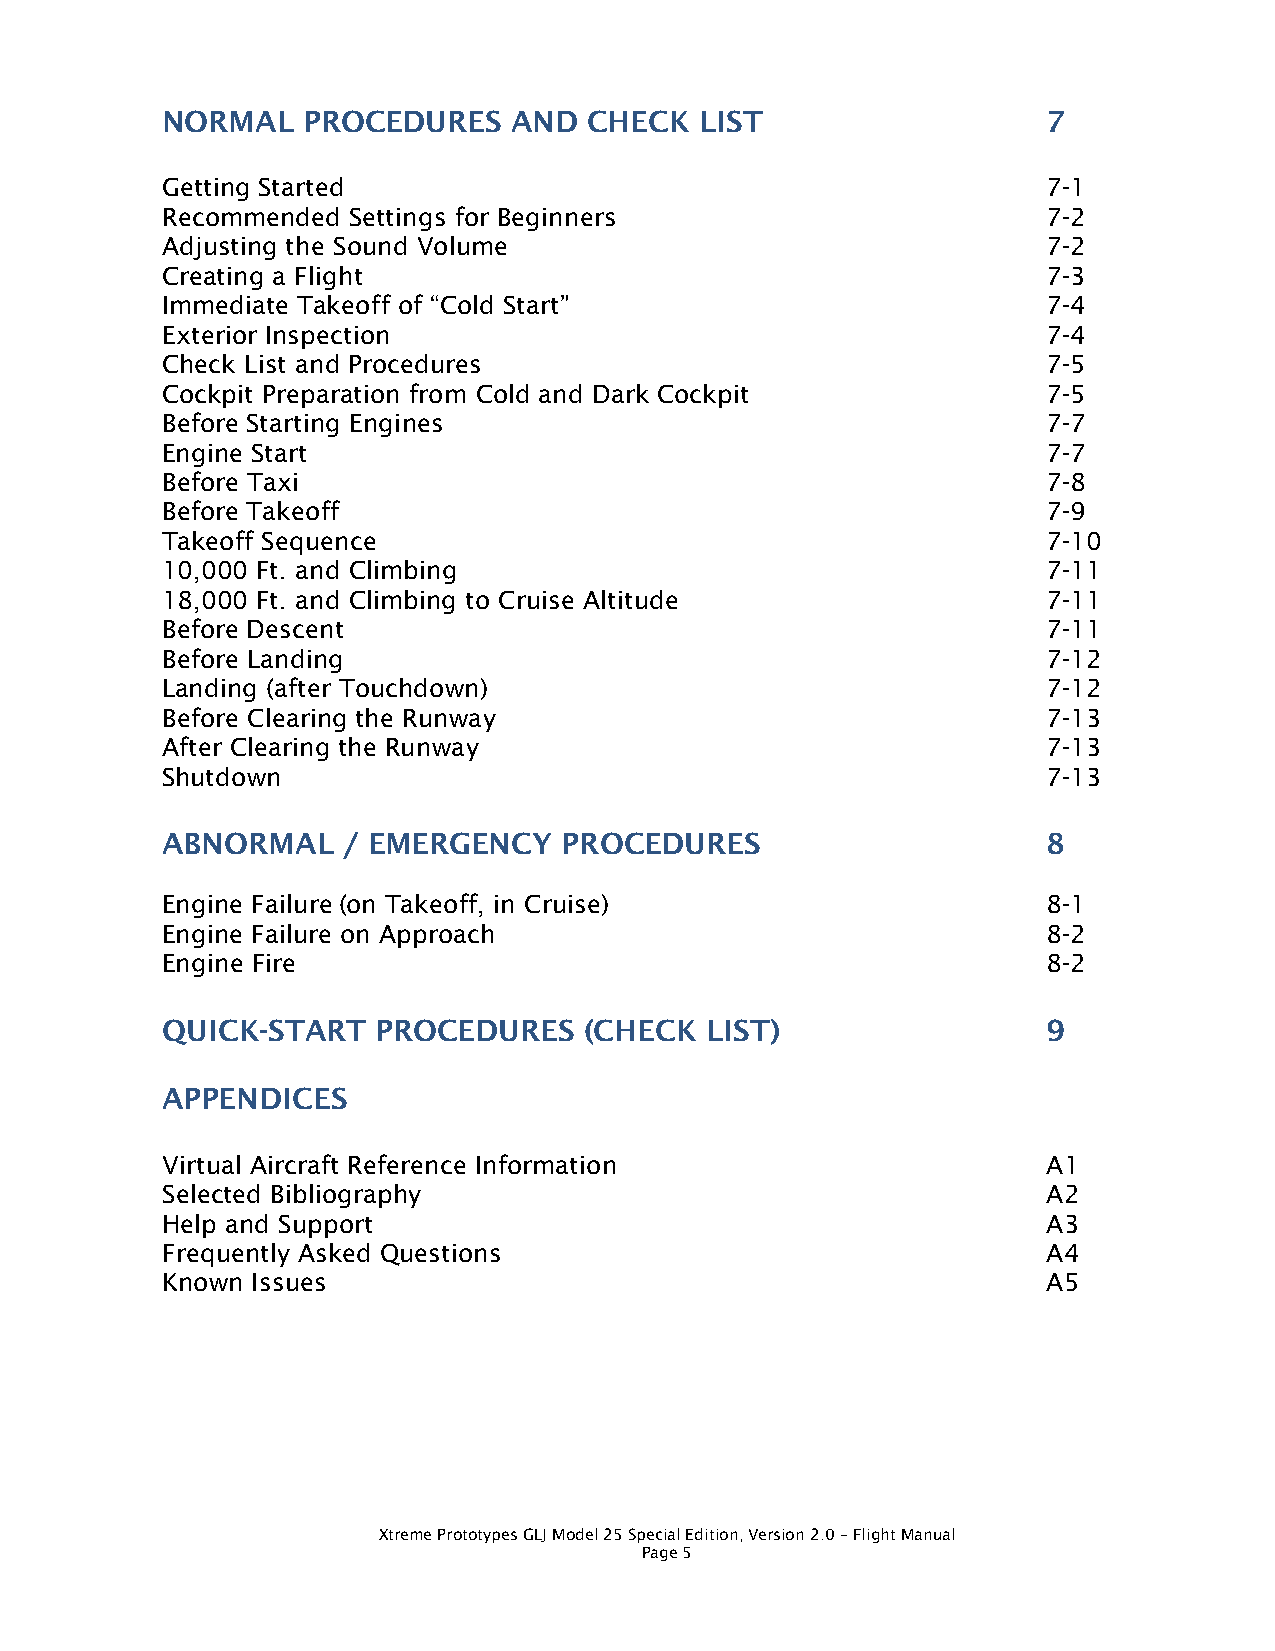
NORMAL   PROCEDURES    AND  CHECK  LIST                   7
 Getting Started                                           7-1
 Recommended Settings for Beginners                        7-2
 Adjusting the Sound Volume                                7-2
 Creating a Flight                                         7-3
 Immediate Takeoff of “Cold Start”                         7-4
 Exterior Inspection                                       7-4
 Check List and Procedures                                 7-5
 Cockpit Preparation from Cold and Dark Cockpit            7-5
 Before Starting Engines                                   7-7
 Engine Start                                              7-7
 Before Taxi                                               7-8
 Before Takeoff                                            7-9
 Takeoff Sequence                                          7-10
 10,000 Ft. and Climbing                                   7-11
 18,000 Ft. and Climbing to Cruise Altitude                7-11
 Before Descent                                            7-11
 Before Landing                                            7-12
 Landing (after Touchdown)                                 7-12
 Before Clearing the Runway                                7-13
 After Clearing the Runway                                 7-13
 Shutdown                                                  7-13
 ABNORMAL    / EMERGENCY   PROCEDURES                      8
 Engine Failure (on Takeoff, in Cruise)                    8-1
 Engine Failure on Approach                                8-2
 Engine Fire                                               8-2
 QUICK-START   PROCEDURES    (CHECK  LIST)                 9
 APPENDICES
 Virtual Aircraft Reference Information                    A1
 Selected Bibliography                                     A2
 Help and Support                                          A3
 Frequently Asked Questions                                A4
 Known Issues                                              A5
 Xtreme Prototypes GLJ Model 25 Special Edition, Version 2.0 – Flight Manual
 Page 5